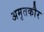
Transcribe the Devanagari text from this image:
अमृतकौर